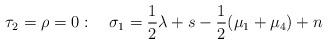
LaTeX: \begin{align*} \tau_2 = \rho = 0: \quad \sigma_1 = \frac{1}{2} \lambda +s- \frac{1}{2} (\mu_1+\mu_4) + n\end{align*}